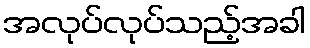
အလုပ်လုပ်သည့်အခါ